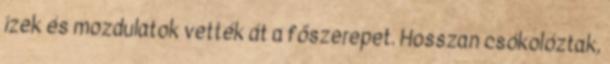
ízek és mozdulatok vették át a főszerepet. Hosszan csókolóztak,